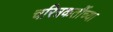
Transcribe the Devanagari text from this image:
चरित्रकर्तीच्या